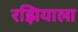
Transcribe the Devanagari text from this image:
रझियाला